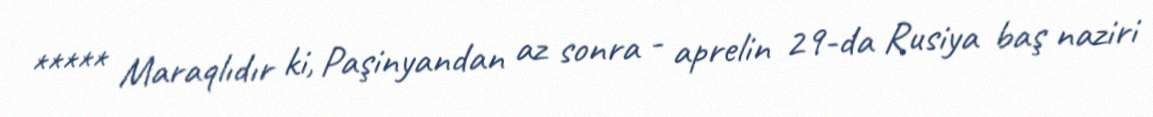
***** Maraqlıdır ki, Paşinyandan az sonra - aprelin 29-da Rusiya baş naziri